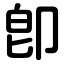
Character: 卽